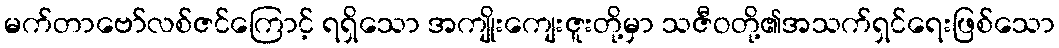
မက်တာဗော်လစ်ဇင်ကြောင့် ရရှိသော အကျိုးကျေးဇူးတို့မှာ သဇီဝတို့၏အသက်ရှင်ရေးဖြစ်သော